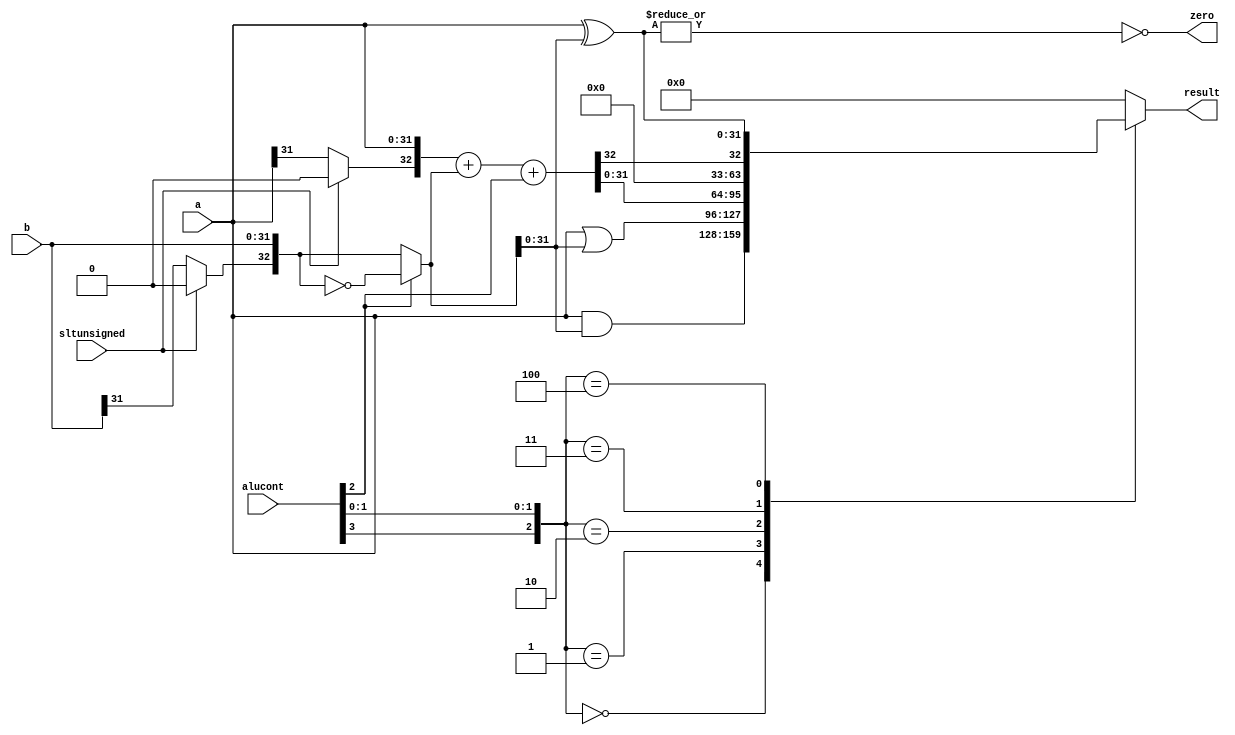
module alu (input wire [31:0]  a, b, 
            input wire [3:0] 	alucont,
	    input wire 	sltunsigned,
            output reg [31:0] result,
	    output wire 	zero);

   wire [32:0] 		a2, b2, sum;
   wire [31:0] 		slt;
   wire [31:0] 		exor;   

   assign a2 = {sltunsigned ? 1'b0 : a[31], a};
   assign b2 = alucont[2] ? ~{sltunsigned ? 1'b0 : b[31], b} : 
	       {sltunsigned ? 1'b0 : b[31], b};
   assign sum = a2 + b2 + alucont[2];
   assign exor = a2 ^ b2;   
   assign slt = sum[32];

   always@(*)
     case({alucont[3], alucont[1:0]})
       3'b000: result <= a2 & b2;
       3'b001: result <= a2 | b2;
       3'b010: result <= sum[31:0];
       3'b011: result <= slt;
       3'b100: result <= exor;
       default: result <= 32'h0;       
     endcase // case ({alucont[3], alucont[1:0]})

   assign zero = ~| exor;

endmodule // alu